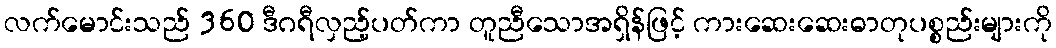
လက်မောင်းသည် 360 ဒီဂရီလှည့်ပတ်ကာ တူညီသောအရှိန်ဖြင့် ကားဆေးဆေးဓာတုပစ္စည်းများကို